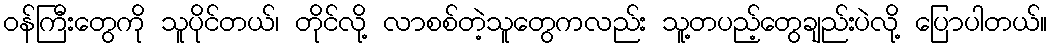
၀န်ကြီးတွေကို သူပိုင်တယ်၊ တိုင်လို့ လာစစ်တဲ့သူတွေကလည်း သူ့တပည့်တွေချည်းပဲလို့ ပြောပါတယ်။